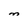
Character: M